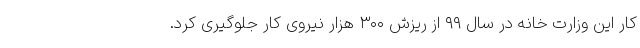
کار این وزارت خانه در سال ۹۹ از ریزش ۳۰۰ هزار نیروی کار جلوگیری کرد.